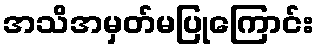
အသိအမှတ်မပြုကြောင်း